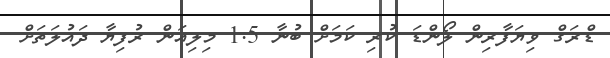
ޑްރަގް ވިޔަފާރިން ލޯންޑަ ކުރި ކަމަށް ބުނާ 1.5 މިލިއަން ރުފިޔާ ދައުލަތަށް